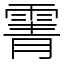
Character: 䨝